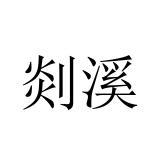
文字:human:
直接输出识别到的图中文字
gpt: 剡溪